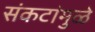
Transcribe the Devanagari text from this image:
संकटांमुळे